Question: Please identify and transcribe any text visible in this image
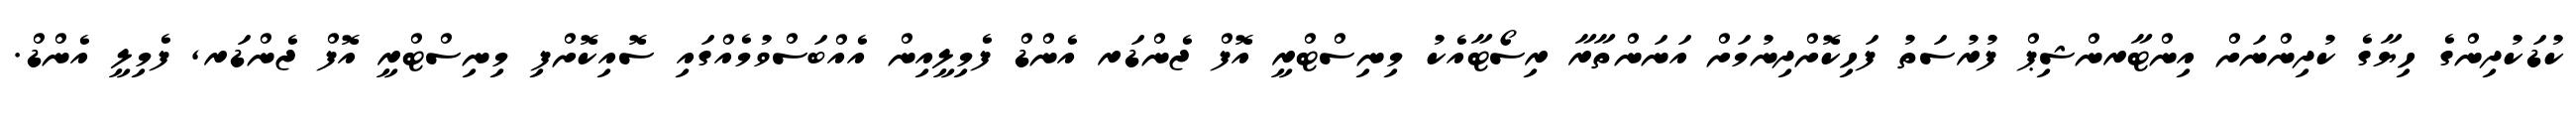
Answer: ކުޑަކުދިންގެ ހިޔާގެ ކުދިންނަށް އިންޓާރންޝިޕް ފުރުސަތު ފަހިކޮށްދިނުމަށް އަނަންތާރާ ރިސޯޓާއެކު މިނިސްޓްރީ އޮފް ޖެންޑަރ އެންޑް ފެމިލީއިން އެއްބަސްވުމެއްގައި ސޮއިކޮށްފި މިނިސްޓްރީ އޮފް ޖެންޑަރ, ފެމިލީ އެންޑް.